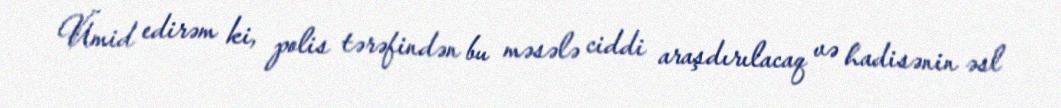
Ümid edirəm ki, polis tərəfindən bu məsələ ciddi araşdırılacaq və hadisənin əsl